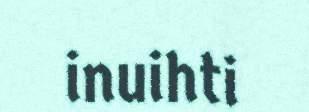
inuihti